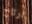
ارتاح